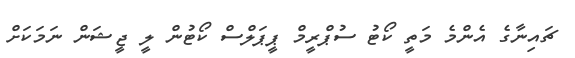
ޗައިނާގެ އެންމެ މަތީ ކޯޓު ސުޕްރީމް ޕީޕަލްސް ކޯޓުން ލީ ޖީޝަން ނަމަކަށް